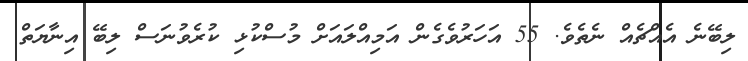
ލިބޭނެ އެއްޗެއް ނެތެވެ. 55 އަހަރުވެގެން އަމިއްލައަށް މުސްކުޅި ކުރެވުނަސް ލިބޭ އިނާޔަތް